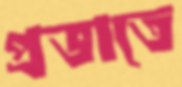
প্রভাতে